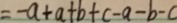
= - a + a + b + c - a - b - c